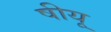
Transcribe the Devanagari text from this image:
षीयू